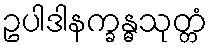
ဥပါဒါနက္ခန္ဓသုတ္တံ